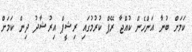
ކަމަށް ބުނާ އަންހެން ކުއްޖާ ރޭޕް ކުރުމުގައި ރިޝީޕް އިރުޝާދު ދިން ކަމަށް